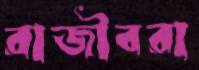
রাজীবরা